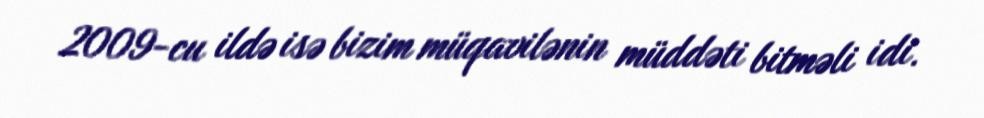
2009-cu ildə isə bizim müqavilənin müddəti bitməli idi.